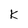
Character: k